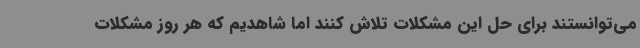
می‌توانستند برای حل این مشکلات تلاش کنند اما شاهدیم که هر روز مشکلات